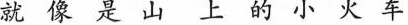
就像是山上的小火车